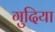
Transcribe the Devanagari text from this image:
गुदिया